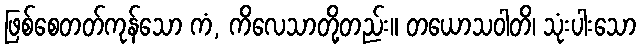
ဖြစ်စေတတ်ကုန်သော ကံ, ကိလေသာတို့တည်း။ တယောသဝါတိ၊ သုံးပါးသော